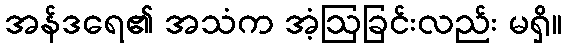
အန်ဒရေ၏ အသံက အံ့ဩခြင်းလည်း မရှိ။